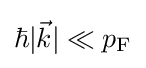
\hbar |{\vec {k}}|\ll p_{\rm {F}}